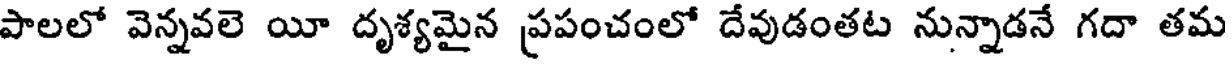
పాలలో వెన్నవలె యీ దృశ్యమైన ప్రపంచంలో దేవుడంతట నున్నాడనే గదా తమ